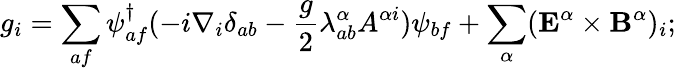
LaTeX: g_{i}=\sum_{af}\psi_{af}^{\dagger}(-i\nabla_{i}\delta_{ab}-\frac g2\lambda_{ab}^{\alpha}A^{\alpha i})\psi_{bf}+\sum_{\alpha}({\mathbf E}^{\alpha}\times{\mathbf B}^{\alpha})_{i};